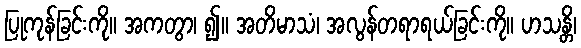
ပြုကုန်ခြင်းကို။ အကတွာ၊ ၍။ အတိမာသံ၊ အလွန်တရာရယ်ခြင်းကို။ ဟသန္တိ၊